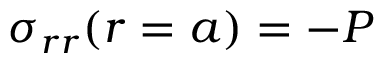
\sigma _ { r r } ( r = a ) = - P